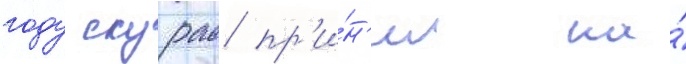
году скурас пр'и́н'ял на́